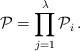
LaTeX: \begin{align*} \mathcal{P} = \prod_{j=1}^{\lambda} \mathcal{P}_{i}\,.\end{align*}